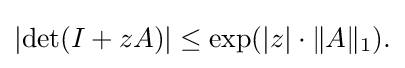
{\textstyle \left|\det(I+zA)\right|\leq \exp(|z|\cdot \|A\|_{1}).}